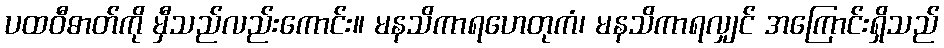
ပထဝီဓာတ်ကို မှီသည်လည်းကောင်း။ မနသိကာရဟေတုကံ၊ မနသိကာရလျှင် အကြောင်းရှိသည်